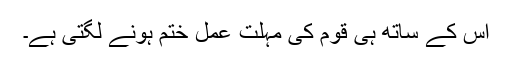
اس کے ساتھ ہی قوم کی مہلت عمل ختم ہونے لگتی ہے۔